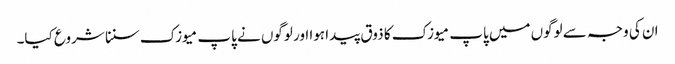
ان کی وجہ سے لوگوں میں پاپ میوزک کا ذوق پیدا ہوا اور لوگوں نے پاپ میوزک سننا شروع کیا۔